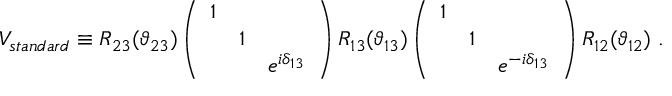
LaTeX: V _ { s t a n d a r d } \equiv R _ { 2 3 } ( \vartheta _ { 2 3 } ) \left( \begin{array} { l l l } { { 1 } } & { { } } & { { } } \\ { { } } & { { 1 } } & { { } } \\ { { } } & { { } } & { { e ^ { i \delta _ { 1 3 } } } } \end{array} \right) R _ { 1 3 } ( \vartheta _ { 1 3 } ) \left( \begin{array} { l l l } { { 1 } } & { { } } & { { } } \\ { { } } & { { 1 } } & { { } } \\ { { } } & { { } } & { { e ^ { - i \delta _ { 1 3 } } } } \end{array} \right) R _ { 1 2 } ( \vartheta _ { 1 2 } ) \; .